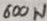
Text: 600W